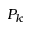
P _ { k }